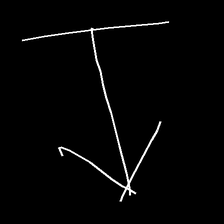
Glyph: levitation